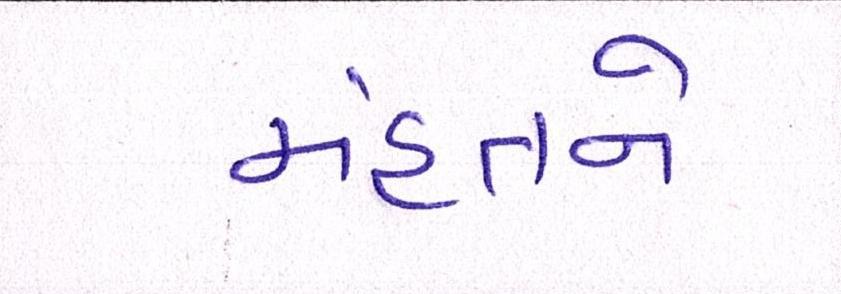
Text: મહંતને